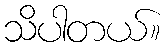
သိပါတယ်။